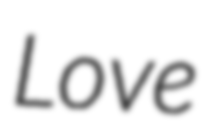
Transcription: Love